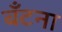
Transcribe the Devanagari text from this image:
बँटना